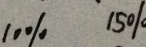
1 0 \% 1 5 \%